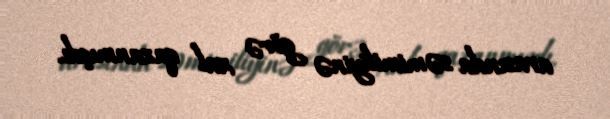
arasında səmimiliyinə görə xal qazanmışdı.